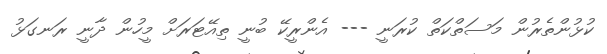
ކުޅުންތެރުން މަސަތްކަތް ކުރަނީ --- އެންރީކޭ ބުނީ ތިއޭޓަރަށް މީހުން ދާނީ ރަނގަޅު